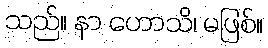
သည်။ နာ ဟောသိ၊ မဖြစ်။